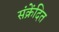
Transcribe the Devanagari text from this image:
संक्रेंदित